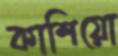
কাশিয়ো